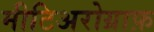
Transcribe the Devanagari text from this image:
मीटिअरोग्राफ़